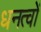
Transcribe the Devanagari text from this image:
धनत्वों